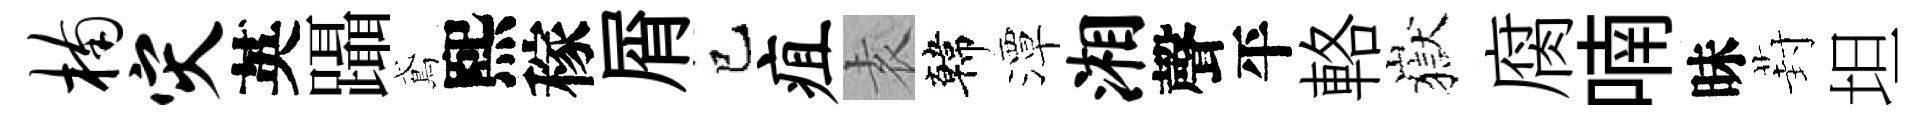
楠灾英躡鳶熙稼屑巳疽𡊮韓潭湘聲平輅嶽腐喃昧葑坦